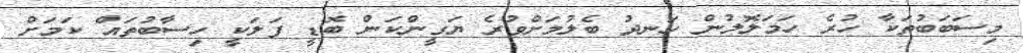
މިސަބަބުތަކާ ހުރެ ހަމަލޮލުން ހަނދު ބެލުމަށްވުރެ ޔަގީންކަން ބޮޑީ ފަލަކީ ހިސާބުތައް ކަމަށް